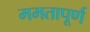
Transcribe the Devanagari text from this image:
ममतापूर्ण